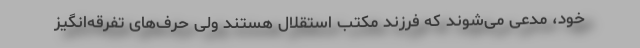
خود، مدعی می‌شوند که فرزند مکتب استقلال هستند ولی حرف‌های تفرقه‌انگیز